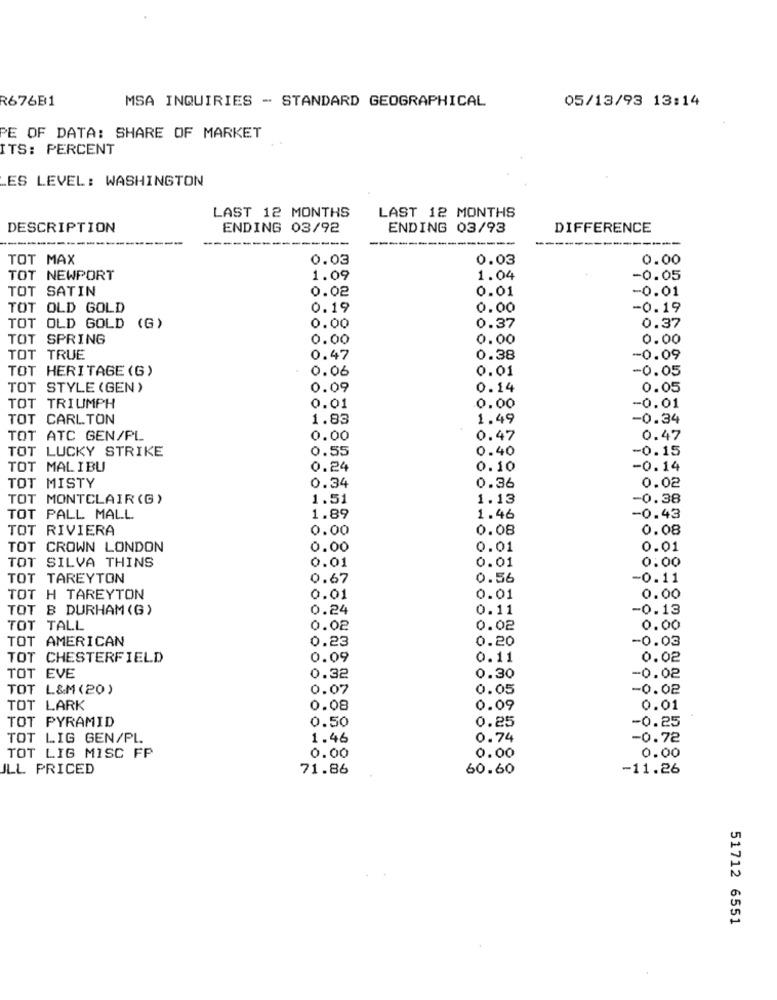
R676B1
MSA INQUIRIES - STANDARD GEOGRAPHICAL
05/13/93 13:14
PE OF DATA: SHARE OF MARKET
ITS: PERCENT
ES LEVEL: WASHINGTON
LAST 12 MONTHS
LAST 12 MONTHS
DESCRIPTION
ENDING 03/92
ENDING 03/93
DIFFERENCE
---
----
--------
TOT MAX
0.03
0.03
0.00
TOT
NEWPORT
1.09
1.04
-0.05
TOT SATIN
0.02
0.01
-0.01
TOT OLD GOLD
0.19
0.00
-0.19
0.00
0.37
TOT OLD GOLD (G)
0.37
TOT SPRING
0.00
0.00
0.00
TOT TRUE
0.47
0.38
-0.09
TOT HERITAGE (G)
0.06
0.01
-0.05
TOT STYLE (GEN )
0.09
0.14
0.05
TOT TRIUMPH
0.01
0.00
-0.01
TOT CARLTON
1.83
1.49
-0.34
TOT ATC GEN/PL
0.00
0.47
0.47
TOT LUCKY STRIKE
0.55
0.40
-0.15
TOT MALIBU
0.24
0.10
-0.14
TOT MISTY
0.34
0.36
0.02
TOT MONTCLAIR (G )
1.51
1.13
-0.38
TOT PALL MALL
1.89
1.46
-0.43
TOT RIVIERA
0.00
0.08
0.08
TOT CROWN LONDON
0.00
0.01
0.01
TOT SILVA THINS
0.01
0:00
0.01
TOT TAREYTON
0.67
0.56
-0.11
TOT H TAREYTON
0.01
0.01
0.00
TOT B DURHAM (G)
0.24
0.11
-0.13
TOT TALL
0.02
0.02
0.00
TOT AMERICAN
0.23
0.20
-0.03
TOT CHESTERFIELD
0.09
0.11
0.02
TOT EVE
0.32
0.30
-0.02
TOT L&M (20)
0.07
0.05
-0.02
TOT LARK
0.08
0.09
0.01
0.50
0.25
TOT PYRAMID
-0.25
TOT LIG GEN/PL.
1.46
0.74
-0.72
TOT LIG MISC FP
0.00
0.00
0.00
ILL PRICED
71.86
60.60
-11.26
51712 6551